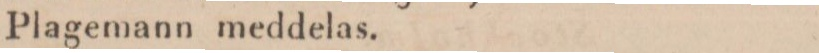
Plagemann meddelas.